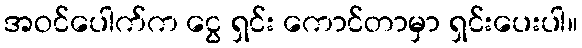
အဝင်ပေါက်က ငွေ ရှင်း ကောင်တာမှာ ရှင်းပေးပါ။